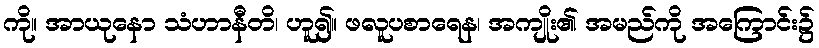
ကို။ အာယုနော သံဟာနီတိ၊ ဟူ၍။ ဖလူပစာရေန၊ အကျိုး၏ အမည်ကို အကြောင်း၌